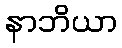
နာဘိယာ